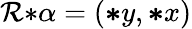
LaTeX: \mathcal{R}{*}\alpha=({\boldsymbol{*}}y,{\boldsymbol{*}}x)